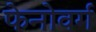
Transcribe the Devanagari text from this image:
फेनोवर्ग